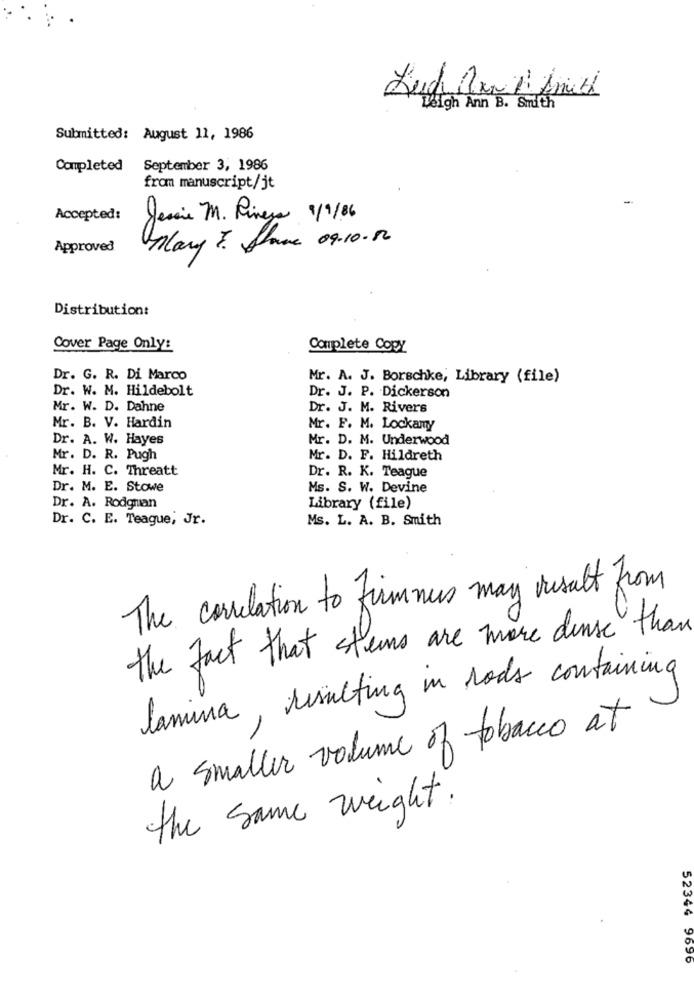
Leigh Ann B. Smith
Submitted: August 11, 1986
Completed September 3, 1986
from manuscript/jt
Accepted:
Jessie M. Fineza 1/9/86
Mary 7. Slave 09.10.12
Approved
Distribution:
Cover Page Only:
Complete Copy
Dr. G. R. Di Marco
Mr. A. J. Borschke, Library (file)
Dr. W. M. Hildebolt
Dr. J. P. Dickerson
Mr. W. D. Dahne
Dr. J. M. Rivers
Mr. B. V. Hardin
Mr. F. M. Lockamy
Dr. A. W. Hayes
Mr. D. M. Underwood
Mr. D. R. Pugh
Mr. D. F. Hildreth
Mr. H. C. Threatt
Dr. R. K. Teague
Dr. M. E. Stowe
Ms. S. W. Devine
Dr. A. Rodgman
Library (file)
Dr. C. E. Teague, Jr.
Ms. L. A. B. Smith
The correlation to firmmus may result from
the fact that stems are more dense than
lamina , resulting in rods containing
a smaller volume of tobacco at
the Same weight.
52344 9696